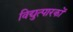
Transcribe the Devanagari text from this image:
विद्युत्पारकों